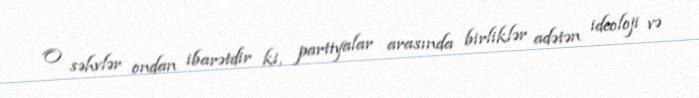
O səhvlər ondan ibarətdir ki, partiyalar arasında birliklər adətən ideoloji və